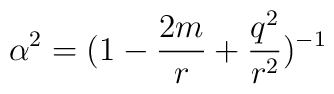
\alpha ^{2}=(1-\frac{2m}{r}+\frac{q^{2}}{r^{2}})^{-1}